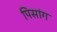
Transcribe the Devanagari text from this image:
पिसांग